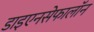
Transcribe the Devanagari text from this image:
डाइएनसेफालॉन